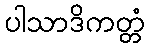
ပါသာဒိကတ္တံ